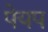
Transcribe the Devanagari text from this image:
पेयप